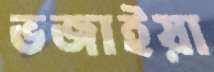
ভজাইয়া